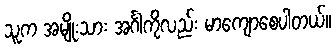
သူက အမျိုးသား အင်္ဂါကိုလည်း မာကျောစေပါတယ်။